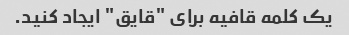
یک کلمه قافیه برای "قایق" ایجاد کنید.